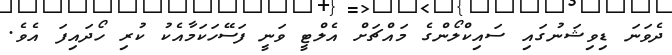
ދެވަނަ ޑިވިޝަނުގައި ސައިކްލޯންގެ މައްޗަށް އެލްޓީ ވަނީ ފަސޭހަކަމާއެކު ކުރި ހޯދައިފަ އެވެ.